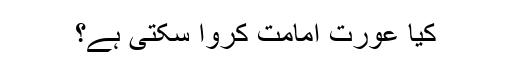
کیا عورت اِمامت کروا سکتی ہے؟